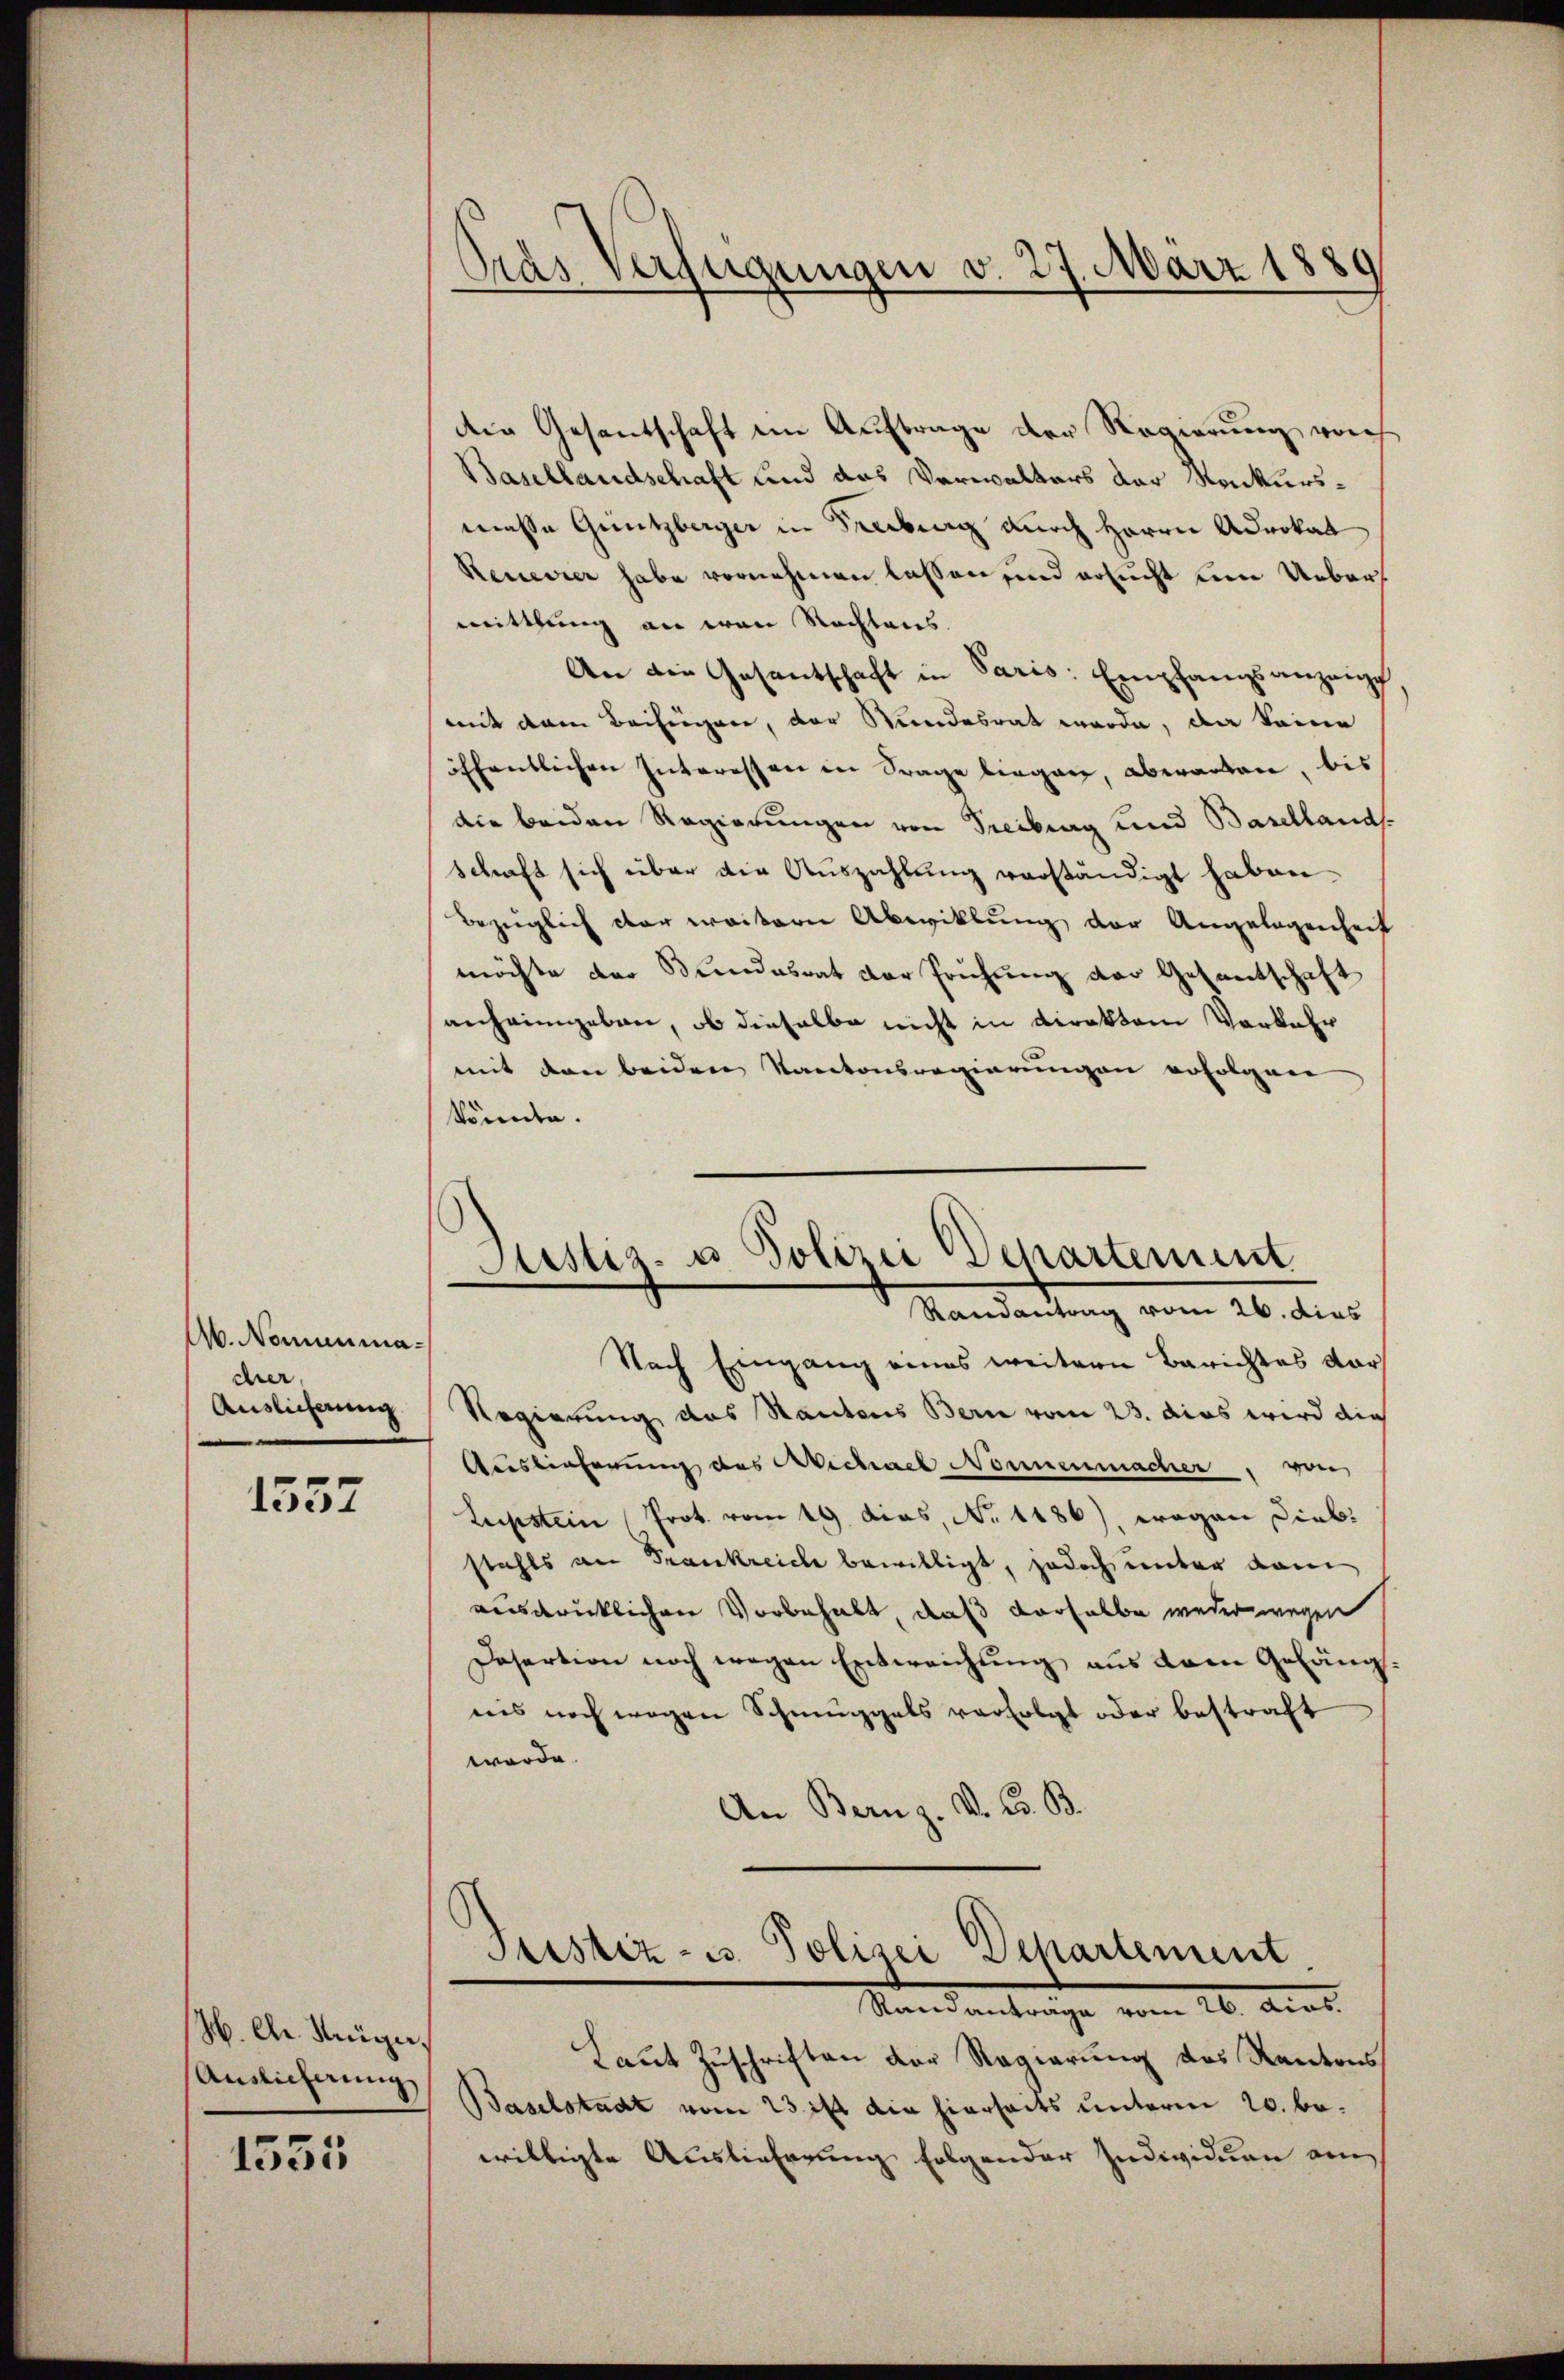
Ab. Nominimadher
Auslicherung

1557

H. Dr. Hüger,
Auslicherung

1535

Dras Verfügungen v. 27. März 1889

die Gesantschaft in Auftrage der Regierung vorh
Basellandschaft und das Verwalters der Konkursmasse Güntzberger in Freiburg durch Herrn Advokat
Renevier habe vornehmen lassen, und ersucht um Ueber
mittlung an von Rechtens.
An die Gesantschaft in Paris: Empfangsanzeige
mit dem Beifügen, der Stundesrat werde, da keine
öffentlichen Interessen in Frage bergane, abwarten, bis
die beiden Regierungen von Freiburg und Baselland.
schaft sich über die Auszahlung verständigt haben.
bezüglich aber weitern Abwicklung der Angelegenheit
möchte der Bundesrat der Prüfung der Gesantschaft
anheimgeben, ob dieselbe nicht in Direktor Vorkehr
mit den beiden Kantonsregierungen erfolgen
könnte.
Sistiz- u. Polizei Departement
Randantrag vom 26. dies
Nach Eingang eines weitern Berichtes dar
Regierung das Sautens Bern vom 23. dies wird die
Auslieferung des Michael Nonnenmacher, von
Lupstein Prot. vom 19. dies, No 1186), wegen Diebstahls an Frankreiche bewilligt, jedoch unter dam
ausdrücklichen Vorbehabt, daß derselbe weder wegen
Desertion noch wegen Entweichung aus dem Gefänguns noch wegen Schmuggals verfolgt oder bestraft
worde
An Bernz. V. Co. B.

Justiz- u. Polizei Departement
Standentrage vom 26. Aus

Laut Zuschriften der Regierung des Kantons
Baselstadt vom 23 ist die hierseits unterm 20. bewilligte Auslieferung folgender Individuen am